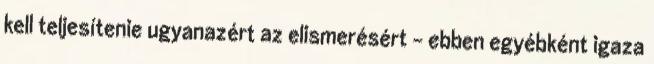
kell teljesítenie ugyanazért az elismerésért - ebben egyébként igaza